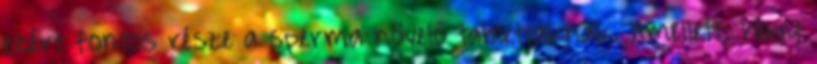
ezért fontos része a sperma növelő tablettáknak. Amellett, hogy